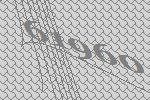
61960